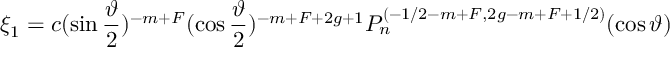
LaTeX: \xi _ { 1 } = c ( \sin \frac \vartheta 2 ) ^ { - m + F } ( \cos \frac \vartheta 2 ) ^ { - m + F + 2 g + 1 } P _ { n } ^ { ( - 1 / 2 - m + F , 2 g - m + F + 1 / 2 ) } ( \cos \vartheta )